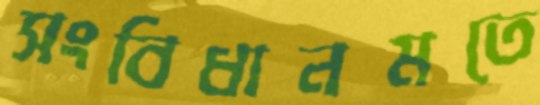
সংবিধানমতে